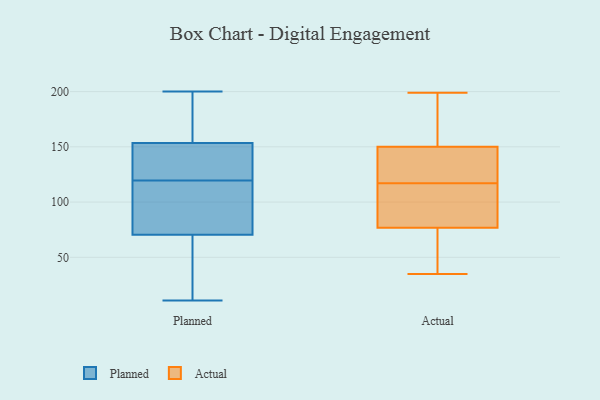
{"axis": {"x": "Website Visitors", "y": "Value"}, "legend": ["Actual", "Planned"], "data": [{"x": "", "y": 18, "type": "Planned"}, {"x": "", "y": 200, "type": "Planned"}, {"x": "", "y": 141, "type": "Planned"}, {"x": "", "y": 187, "type": "Planned"}, {"x": "", "y": 74, "type": "Planned"}, {"x": "", "y": 198, "type": "Planned"}, {"x": "", "y": 131, "type": "Planned"}, {"x": "", "y": 162, "type": "Planned"}, {"x": "", "y": 28, "type": "Planned"}, {"x": "", "y": 133, "type": "Planned"}, {"x": "", "y": 108, "type": "Planned"}, {"x": "", "y": 11, "type": "Planned"}, {"x": "", "y": 145, "type": "Planned"}, {"x": "", "y": 49, "type": "Planned"}, {"x": "", "y": 67, "type": "Planned"}, {"x": "", "y": 76, "type": "Planned"}, {"x": "", "y": 95, "type": "Planned"}, {"x": "", "y": 107, "type": "Planned"}, {"x": "", "y": 132, "type": "Planned"}, {"x": "", "y": 181, "type": "Planned"}, {"x": "", "y": 124, "type": "Actual"}, {"x": "", "y": 144, "type": "Actual"}, {"x": "", "y": 93, "type": "Actual"}, {"x": "", "y": 117, "type": "Actual"}, {"x": "", "y": 168, "type": "Actual"}, {"x": "", "y": 152, "type": "Actual"}, {"x": "", "y": 39, "type": "Actual"}, {"x": "", "y": 139, "type": "Actual"}, {"x": "", "y": 105, "type": "Actual"}, {"x": "", "y": 60, "type": "Actual"}, {"x": "", "y": 63, "type": "Actual"}, {"x": "", "y": 199, "type": "Actual"}, {"x": "", "y": 171, "type": "Actual"}, {"x": "", "y": 35, "type": "Actual"}, {"x": "", "y": 154, "type": "Actual"}, {"x": "", "y": 138, "type": "Actual"}, {"x": "", "y": 96, "type": "Actual"}, {"x": "", "y": 74, "type": "Actual"}, {"x": "", "y": 85, "type": "Actual"}]}